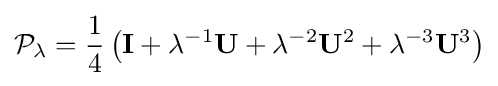
{\mathcal {P}}_{\lambda }={\frac {1}{4}}\left(\mathbf {I} +\lambda ^{-1}\mathbf {U} +\lambda ^{-2}\mathbf {U} ^{2}+\lambda ^{-3}\mathbf {U} ^{3}\right)